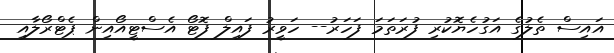
އައިސް ތެލުގެ އަގުހެޔޮކުރި ފުރަތަމަ ފަހަރު-- ހަވީރު ފައިލް ފޮޓޯ އެސްޓީއޯއިން ޕެޓްރޯލާއި